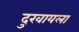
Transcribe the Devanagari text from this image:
दुखायला